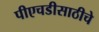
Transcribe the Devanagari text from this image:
पीएचडीसाठीचे